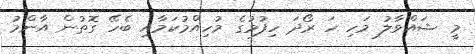
މީ ޝައްވާލު މަހި ހަ ރޯދަ ހިފުމުގެ މުހިއްމުކަމާއި ބެހޭ ގޮތުން އާންމު